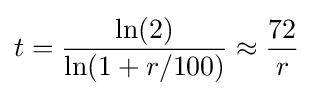
t={\frac {\ln(2)}{\ln(1+r/100)}}\approx {\frac {72}{r}}